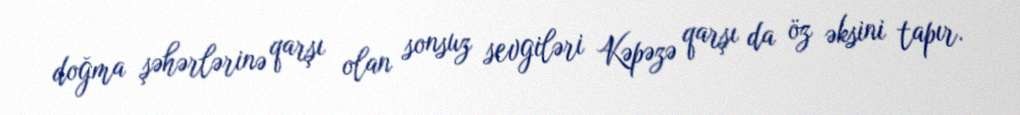
doğma şəhərlərinə qarşı olan sonsuz sevgiləri Kəpəzə qarşı da öz əksini tapır.